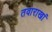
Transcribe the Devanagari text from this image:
तवाराखां